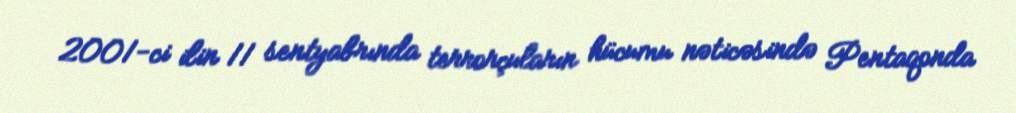
2001-ci ilin 11 sentyabrında terrorçuların hücumu nəticəsində Pentaqonda